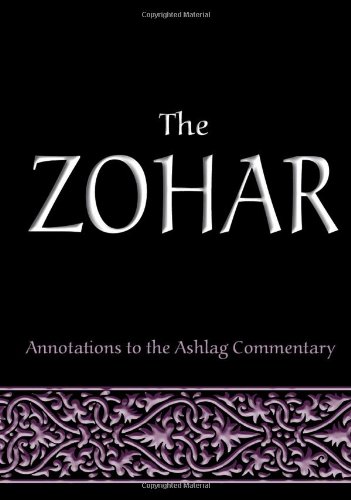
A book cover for The Zohar: Annotations to the Ashlag Commentary; Rav Michael Laitman; Religion & Spirituality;